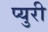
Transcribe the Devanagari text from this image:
प्युरी